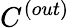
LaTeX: C^{(out)}